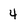
Character: 4